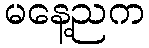
မနေ့ညက